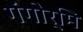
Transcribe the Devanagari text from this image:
गंगोर्मि